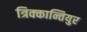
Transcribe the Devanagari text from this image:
त्रिक्कान्तियुर